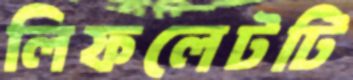
লিফলেটটি